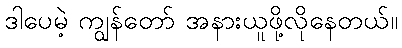
ဒါပေမဲ့ ကျွန်တော် အနားယူဖို့လိုနေတယ်။